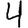
Digit: 4